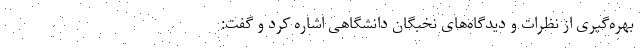
بهره‌گیری از نظرات و دیدگاه‌های نخبگان دانشگاهی اشاره کرد و گفت: